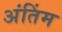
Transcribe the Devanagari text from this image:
अंतिंम